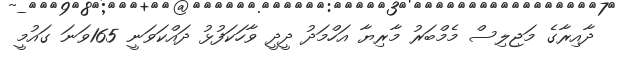
ދާއިރާގެ މަޖިލިސް މެމްބަރު މާރިޔާ އަހްމަދު ދީދީ ވާހަކަފުޅު ދައްކަވަނީ 165ވަނަ ގައުމީ